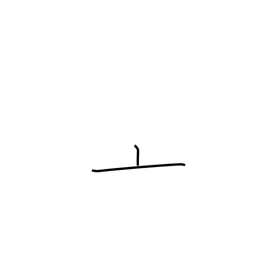
Meaning: kettle lid radical (no. 8)